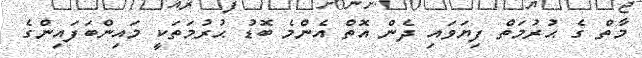
މާތް ގެ ޙުރުމަތް ފިޔަވައި ދެން އޮތް އެންމެ ބޮޑު ޙުރުމަތަކީ މައިންބަފައިންގެ